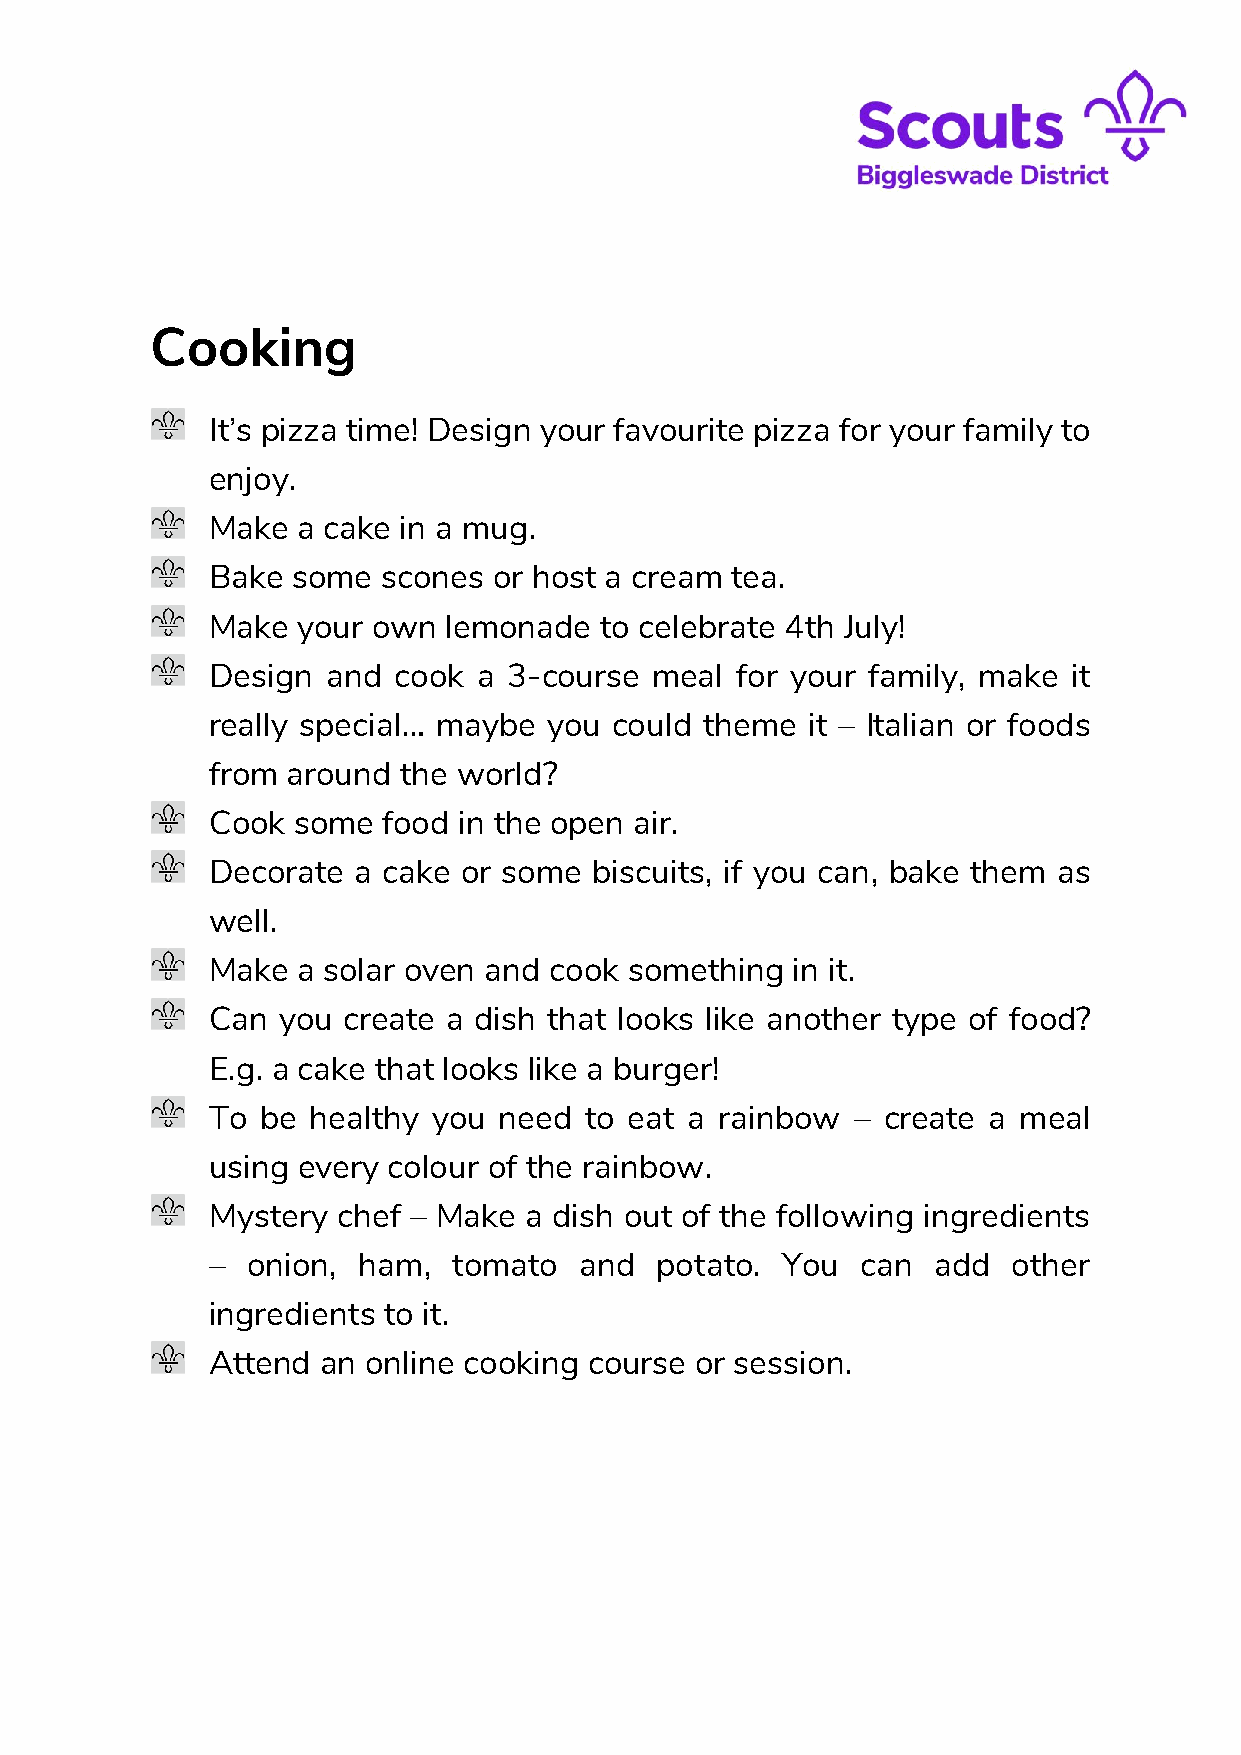
Cooking
 It’s pizza time! Design your favourite pizza for your family to
 enjoy.
 Make  a cake in a mug.
 Bake some  scones  or host a cream tea.
 Make  your own  lemonade  to celebrate 4th July!
 Design  and cook  a 3-course meal  for your family, make it
 really special… maybe you could  theme it – Italian or foods
 from around  the world?
 Cook some  food in the open air.
 Decorate a cake  or some biscuits, if you can, bake them as
 well.
 Make  a solar oven and cook something in it.
 Can you  create a dish that looks like another type of food?
 E.g. a cake that looks like a burger!
 To be  healthy you need  to eat a rainbow  – create a meal
 using every colour of the rainbow.
 Mystery chef – Make  a dish out of the following ingredients
 – onion,  ham,  tomato  and  potato.  You  can  add  other
 ingredients to it.
 Attend an online cooking course or session.